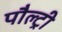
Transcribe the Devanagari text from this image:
पौल्ट्री